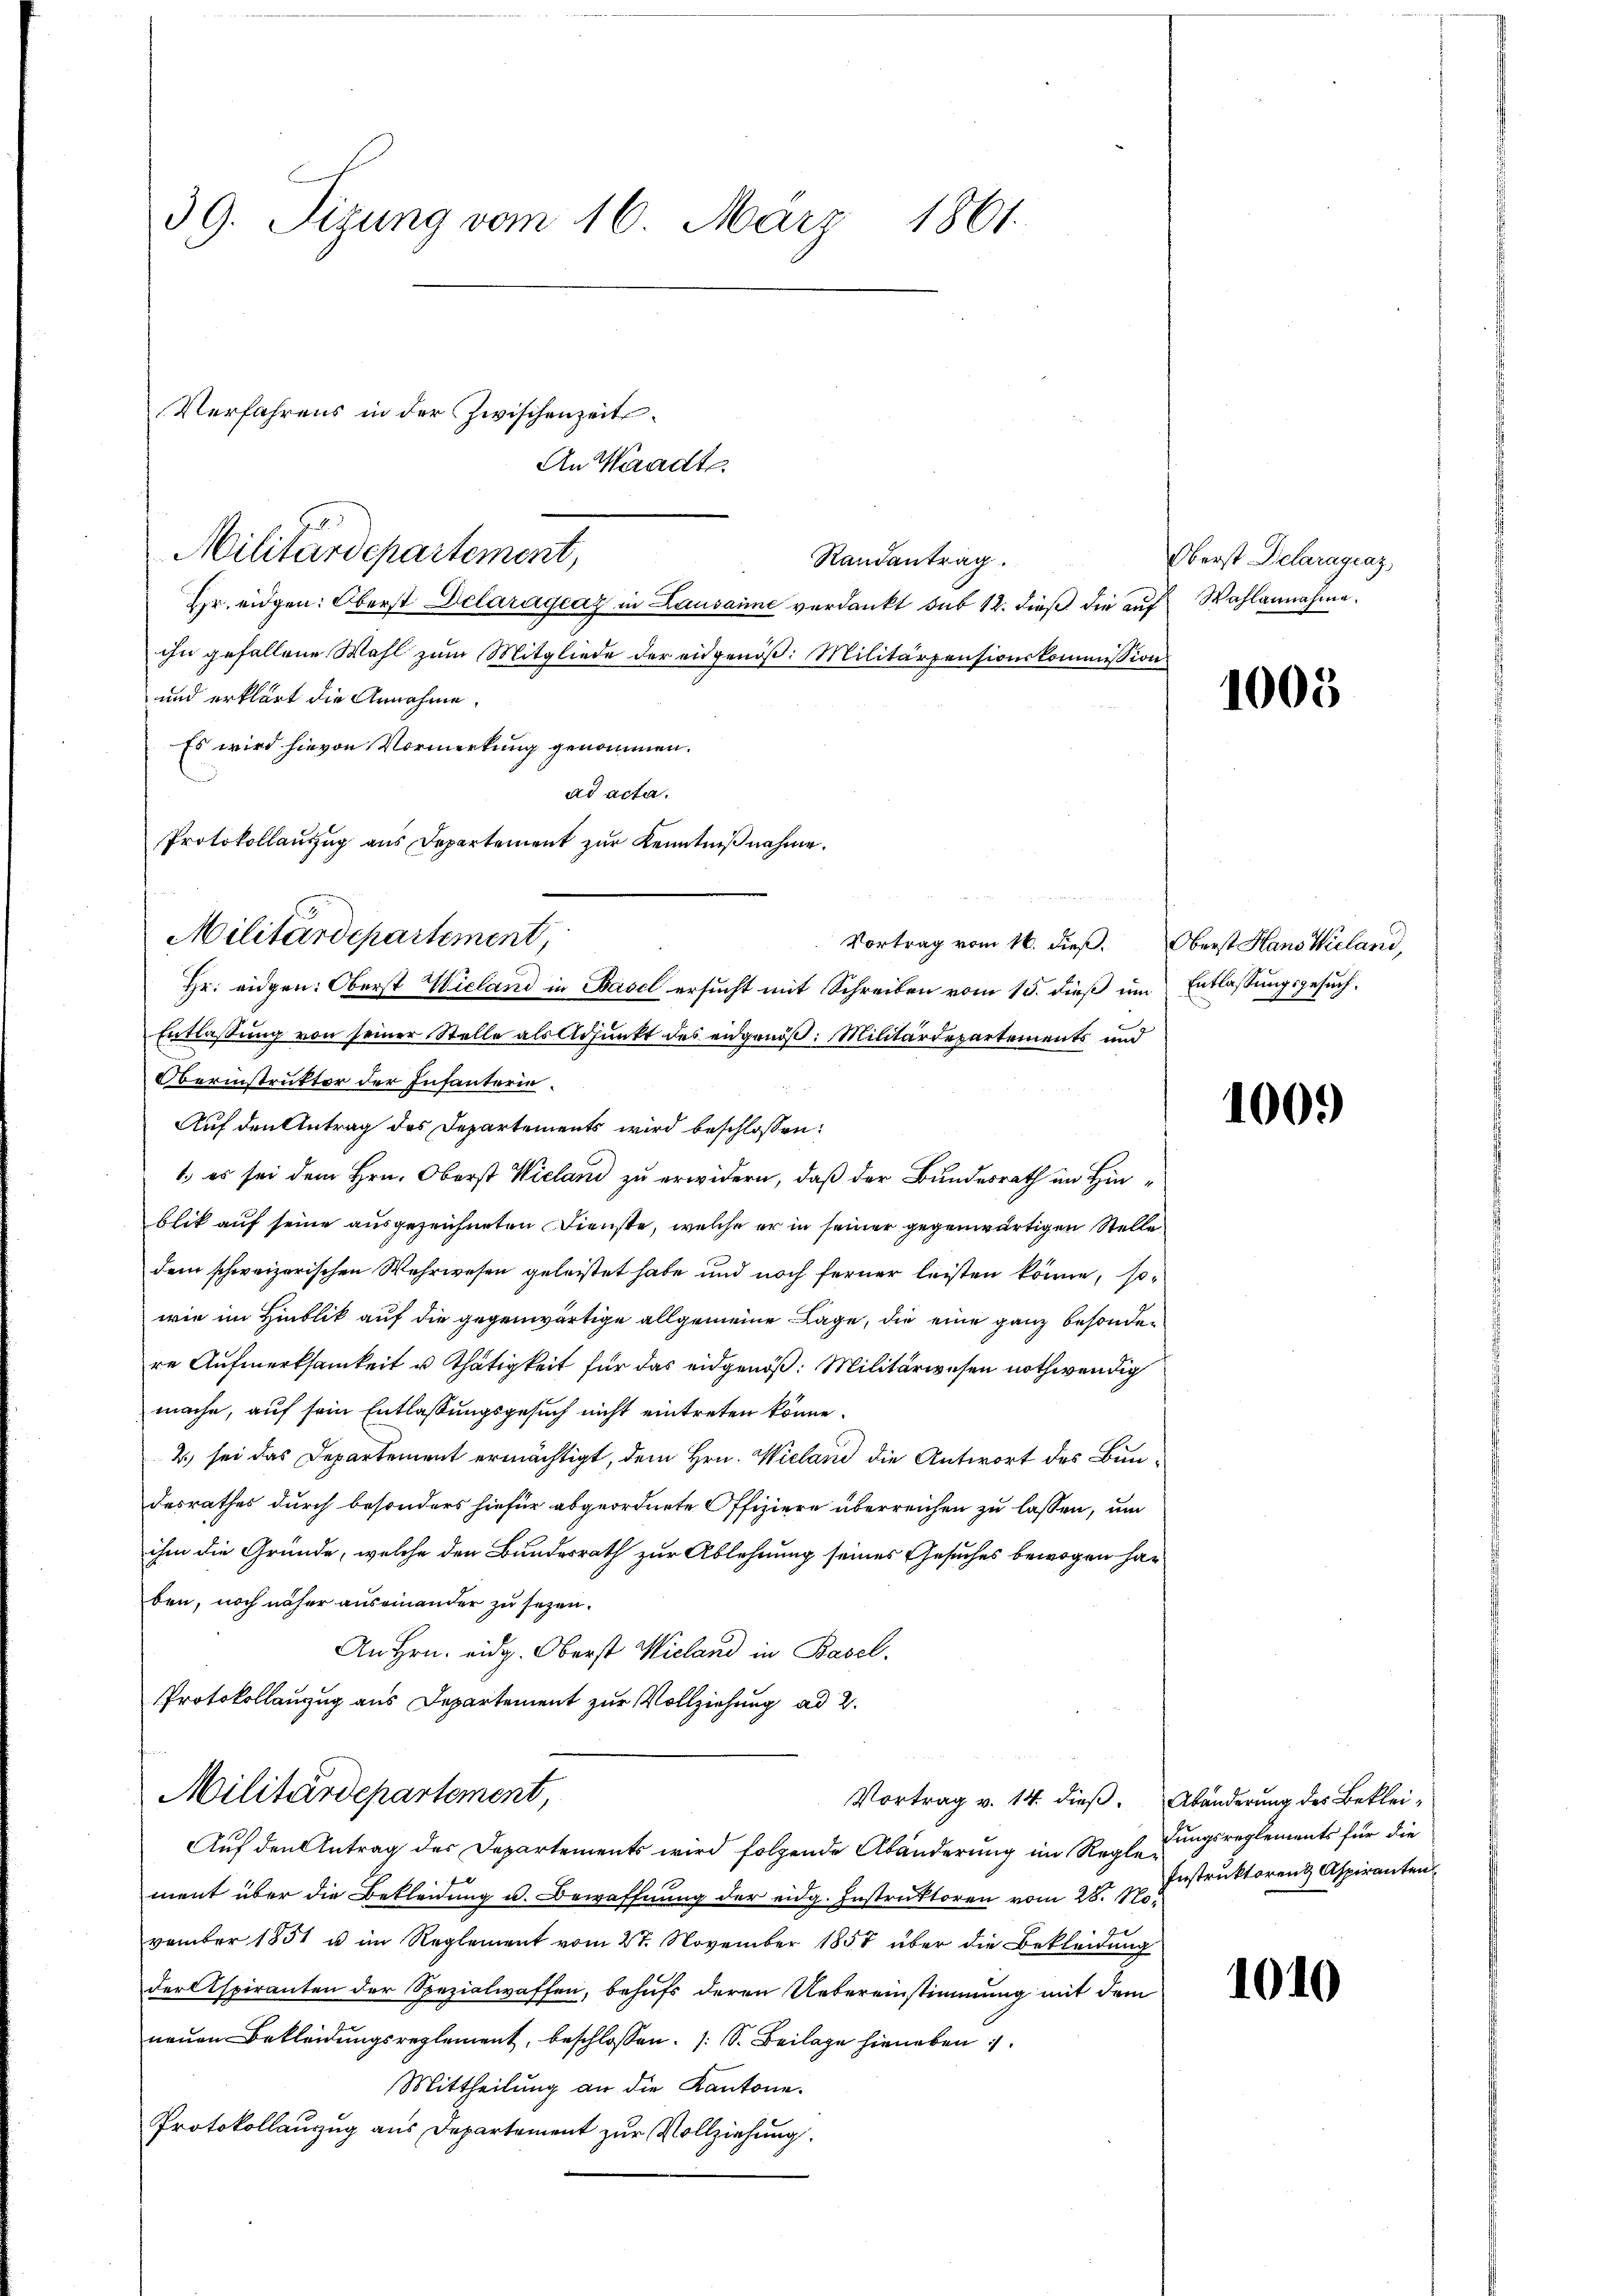
39. Sizung vom 16. März 1861.

Randantrag.
Hr. eidgen: Oberst Delarágeaz in Lausanne verdankt sub 12. dieß die auf Wahlannahme.
ihn gefallene Wahl zŭm Mitgliede der eidgenöβ: Militärpensionskommission
und erklärt die Annahme.
Es wird hievon Vormerkung genommen.
ad acta.
Entlassung von seiner Stelle als Adjunkt des eidgenöß: Militärdepartements und
Oberinstruktor der Infanterie¬
Auf den Antrag des Departements wird beschlossen:
1.) es sei dem Hrn. Oberst Wieland zu erwidern, daß der Bundesrath im Hinblik auf seine ausgezeichneten Dienste, welche er in seiner gegenwärtigen Stelle
dem schweizerischen Wehrwesen geleistet habe und noch ferner leisten könne, so
wie im Hinblik auf die gegenwärtige allgemeine Lage, die eine ganz besonderre Aufmerksamkeit u Thätigkeit für das eidgenöß: Militärwesen nothwendig
mache, auf sein Entlassungsgesuch nicht eintreten könne.
2) sei das Departement ermächtigt, dem Hrn. Wieland die Antwort des Bundesrathes durch besonders hiefür abgeordnete Offiziere überreichen zu lassen, um
ihm die Gründe, welche den Bundesrath zur Ablehnung seines Gesuches bewogen haben, noch näher auseinander zu sezen.
An Hrn. eidg. Oberst Wieland in Basel.
Protokollanzug aus Departement zur Vollziehung ad 2.
Militärdepartement,
Vortrag v. 14. dieß. Abänderung des Beklei¬
Auf den Antrag der Departements wird folgende Abänderung im Reglegungsreglements für die
ment über die Bekleidung u. Bewaffnung der eidg. Instruktoren vom 28. November 1851 u im Reglement vom 27. November 1857 über die Bekleidung
derspiranten der Spezialwaffen, behufs deren Uebereinstimmung mit dem
neuen Bekleidungsreglement, beschlossen. (S. Beilage hieneben
Mittheilung an die Kantone.
Protokollauszug aus Departement zur Vollziehung.

Verfahrens in der Zwischenzeits¬
Militärdepartement,

An Waadt.

Protokollauszug aus Departement zur Kenntniß nahme.
Militärdepartement,
Vortrag vom 16. dieß.
Hr. eidgen: Oberst Wieland in Basel ersucht mit Schreiben vom 15. dieß um Entlassungsgesuch¬

Oberst Delaragraz,

1005

Oberst Hans Wieland,

1000

Instruktorenz Aspiranten

1010